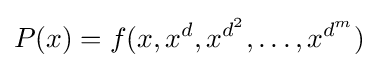
P(x)=f(x,x^{d},x^{d^{2}},\dots ,x^{d^{m}})